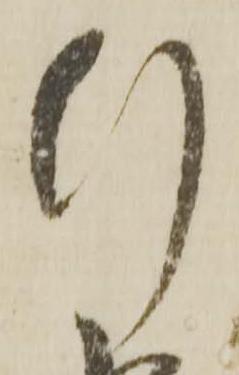
行